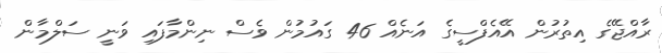
ރާއްޖޭގެ އިތުރުން އޭއެފްސީގެ އަނެއް 46 ގައުމުން ވެސް ނިންމާފައި ވަނީ ސަލްމާން